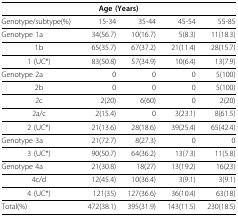
| <COLSPAN=5> Age (Years) |
 | --- | --- | --- | --- | --- |
 | Genotype/subtype(%) | 15-34 | 35-44 | 45-54 | 55-85 |
 | Genotype 1a | 34(56.7) | 10(16.7) | 5(8.3) | 11(18.3) |
 | 1b | 65(35.7) | 67(37.2) | 21(11.4) | 28(15.7) |
 | 1 (UC*) | 83(50.8) | 57(34.9) | 10(6.4) | 13(7.9) |
 | Genotype 2a | 0 | 0 | 0 | 5(100) |
 | 2b | 0 | 0 | 0 | 5(100) |
 | 2c | 2(20) | 6(60) | 0 | 2(20) |
 | 2a/c | 2(15.4) | 0 | 3(23.1) | 8(61.5) |
 | 2 (UC*) | 21(13.6) | 28(18.6) | 39(25.4) | 65(42.4) |
 | Genotype 3a | 21(72.7) | 8(27.3) | 0 | 0 |
 | 3 (UC*) | 90(50.7) | 64(36.2) | 13(7.3) | 11(5.8) |
 | Genotype 4a | 21(30.8) | 18(27) | 13(19.2) | 16(23) |
 | 4c/d | 12(45.4) | 10(36.4) | 3(9.1) | 3(9.1) |
 | 4 (UC*) | 121(35) | 127(36.6) | 36(10.4) | 63(18) |
 | Total(%) | 472(38.1) | 395(31.9) | 143(11.5) | 230(18.5) |